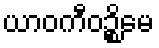
ယာဝကီဝဉ္စိမေ